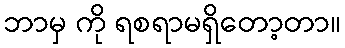
ဘာမှ ကို ရစရာမရှိတော့တာ။